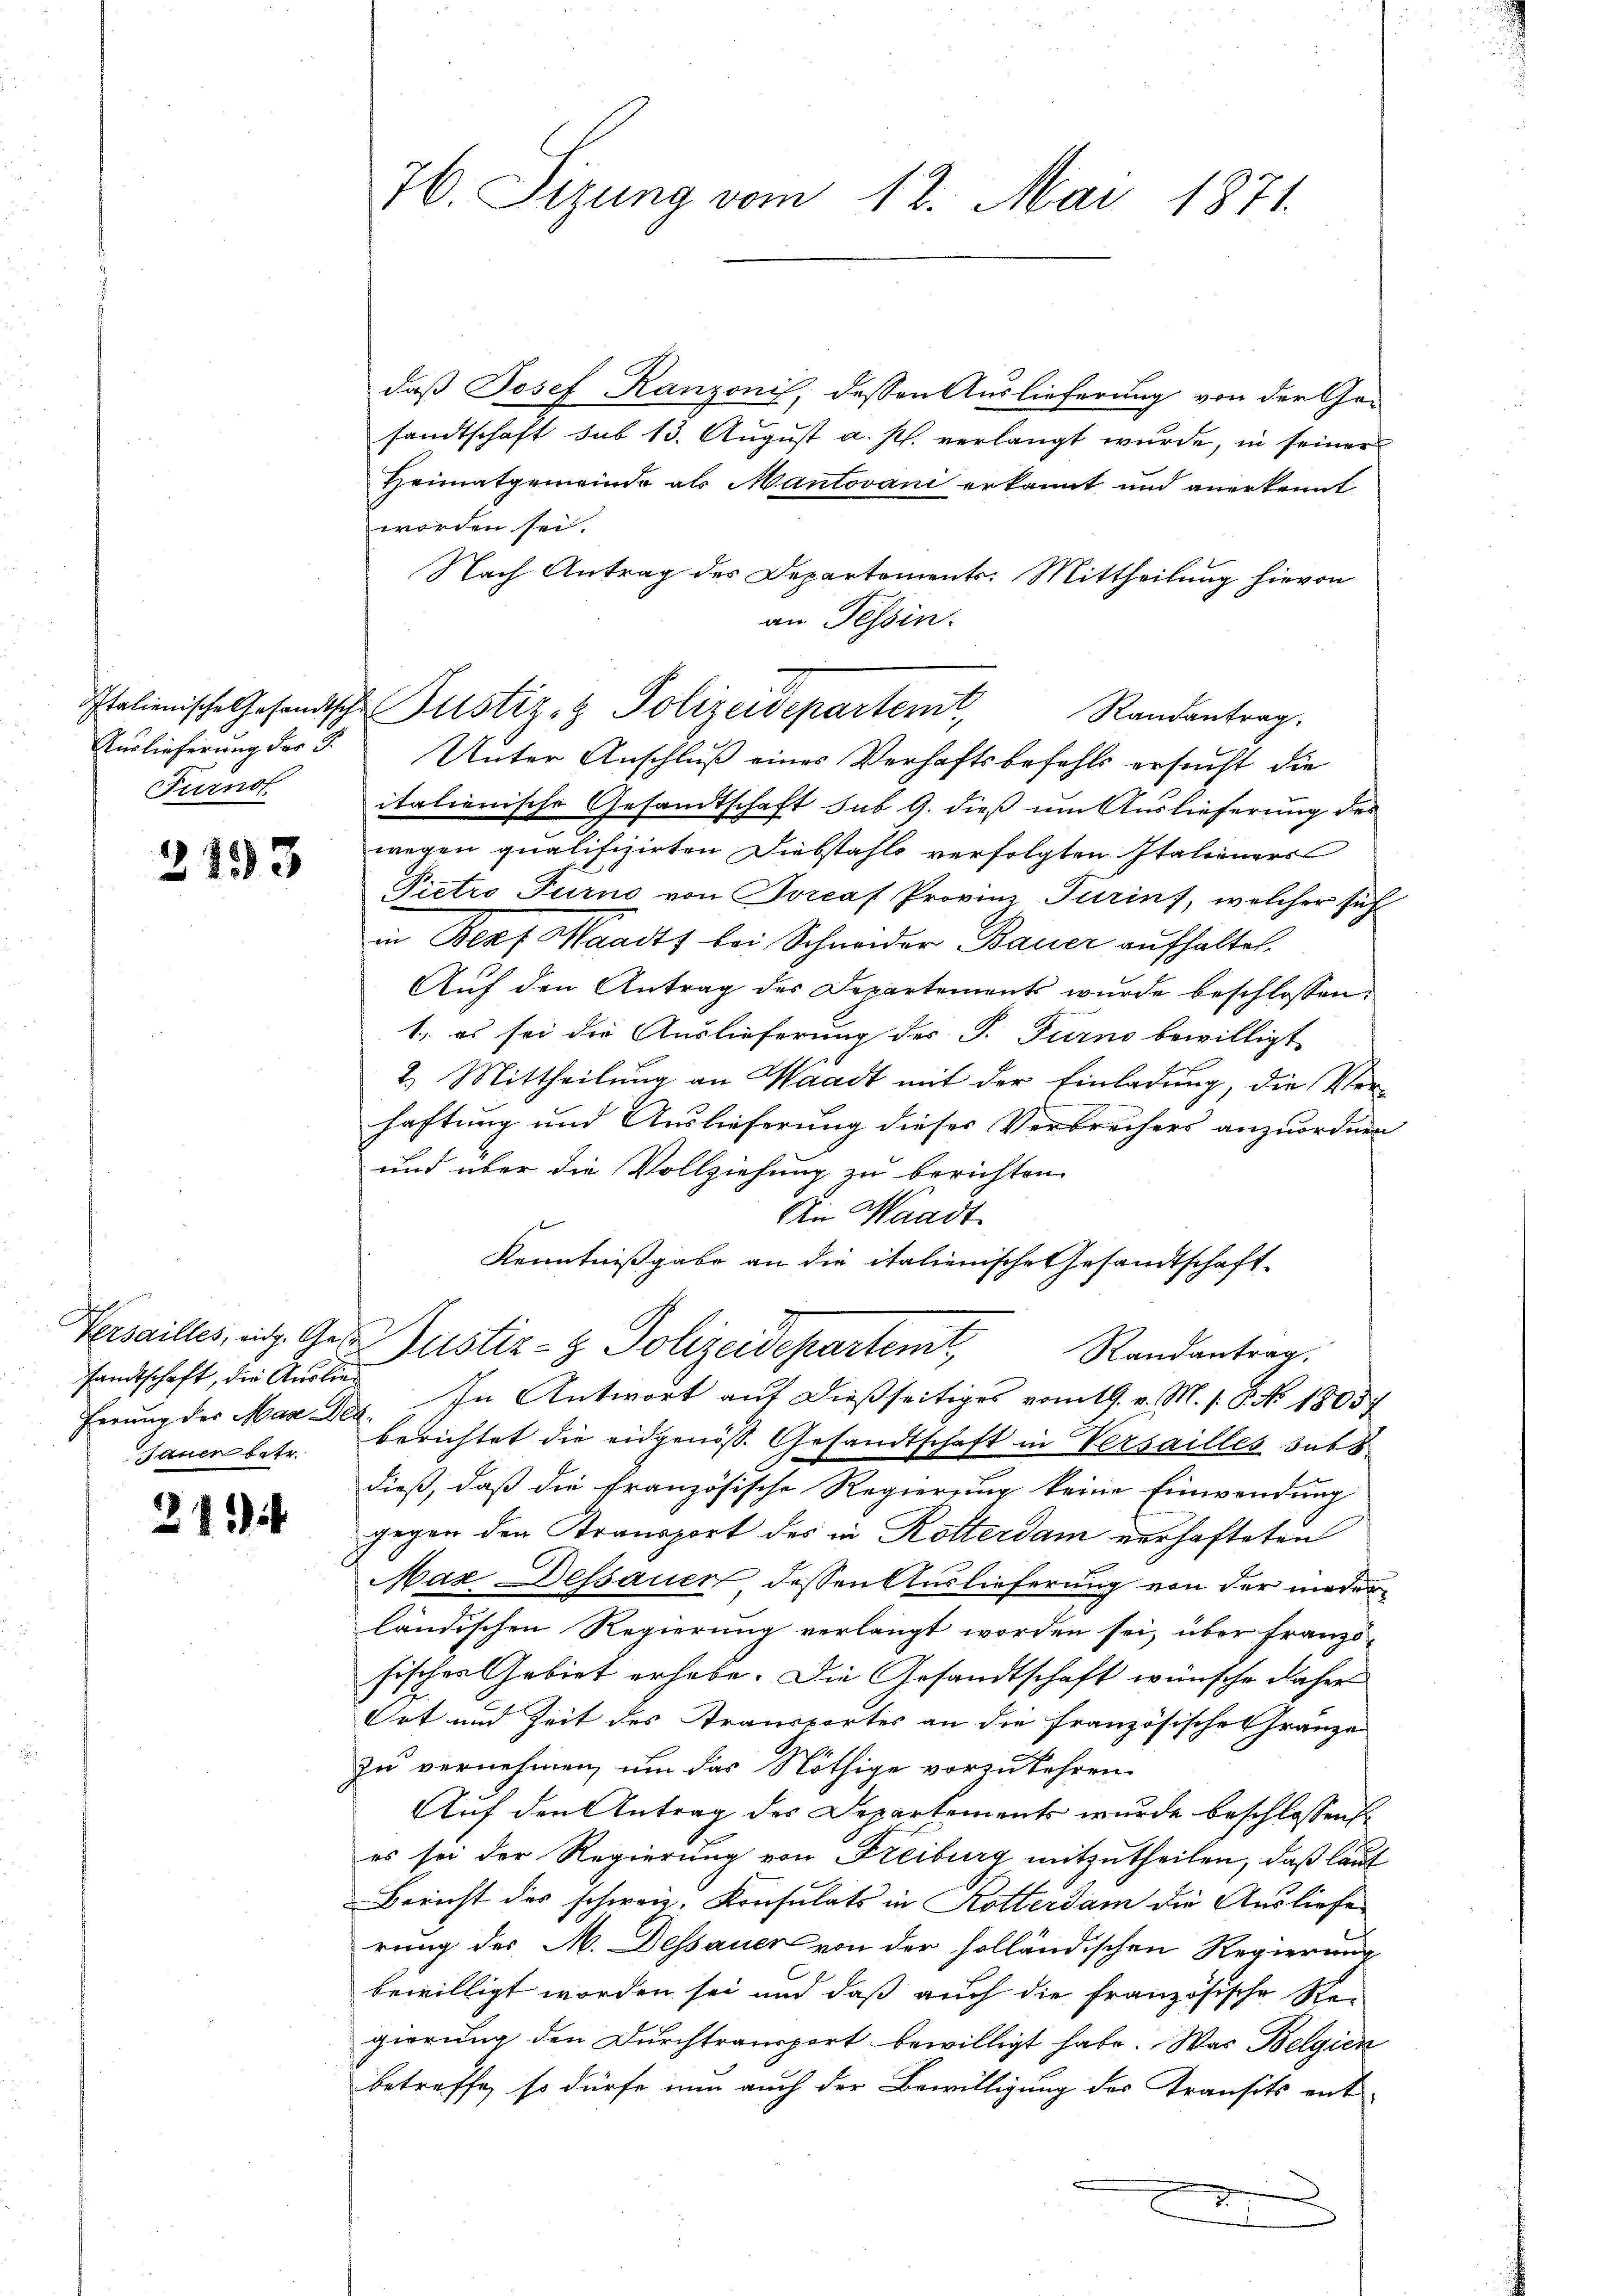
Auslieferung der G.
Furnot

2153

Versailles, eidg. Ges.
sandtschaft, die Auslieferung des Man der
Jauer betr.

21

76. Sizung vom 12. Mai 1871.

Italienische Gesandtsche Justiz- & Polizeidepartent,
Randantrag.

daß Josef Ranzonis, dessen Auslieferung von der Ge-
sandtschaft sub 13. August a. p. verlangt wurde, in seiner
Heimatgemeinde als Mantovani erkannt und anerkennt
worden sei.
Nach Antrag des Departements-Mittheilung hievon
an Tessin.
Unter Anschluß eines Verhaftsbefehls ersucht die
italienische Gesandtschaft sub 9. dieß um Auslieferung des
wegen qualifizirten Diebstahls verfolgten Italieners
Pietro Turno von Torcaf Provinz Turin, welcher sich
in Bepf Waadt bei Schneider Bauer aufhaltet.
Auf den Antrag des Departements wurde beschlossen:
1. es sei die Auslieferung des P. Turno bewilligt
2. Mittheilung an Waadt mit der Einladung, die Verhaftung und Auslieferung dieses Verbrechers anzuordnen
und über die Vollziehung zu berichten
An Waadt
Kenntnißgabe an die italienische Gesandtschaft-
Justiz- & Polizeidepartemit,
Randantrag.
In Antwort auf dießseitiges vom 19. v. M. s. S. No 1805
berichtet die eidgenös. Gesandtschaft in Versailles sub 8
dieß, daß die französische Regierung keine Einwendung
gegen den Transport des in Rotterdam verhafteten
Max Dessauer dessen Auslieferung von der niederländischen Regierung verlangt worden sei, über franzö-
sischer Gebiet erhabe. Die Gesandtschaft wünsche daher
Ort und Zeit des Transportes an die französische Gränze
zu vernehmen, um das Nöthige vorzukehren.
Auf den Antrag des Departements wurde beschlossen
es sei der Regierung von Freiburg mitzutheilen, daß laut
Bericht des schweiz. Konsulats in Kotterdam die Ausliefe
rung des M. Dessauer von der solländischen Regierung
bewilligt worden sei und daß auch die französische Re-
gierung den Durchtransport bewilligt habe. Was Belgien
betreffe, so dürfe nun auch der Bewilligung des Transits ent
.